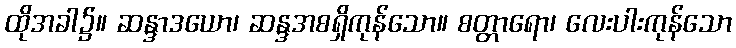
ထိုအခါ၌။ ဆန္ဒာဒယော၊ ဆန္ဒအစရှိကုန်သော။ စတ္တာရော၊ လေးပါးကုန်သော